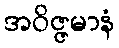
အဝိဇ္ဇမာနံ